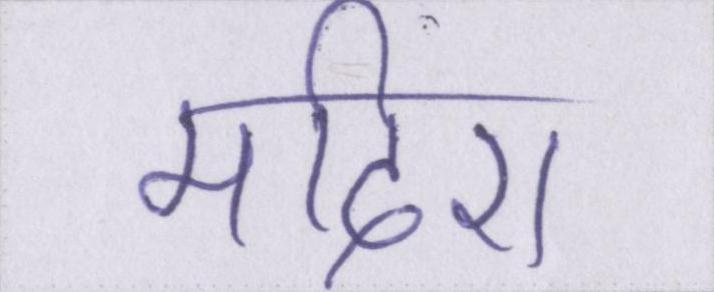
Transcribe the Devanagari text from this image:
मदिरा